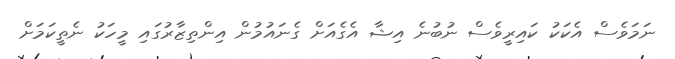
ނަމަވެސް އެކަކު ކައިރީވެސް ނުބުނެ އިޝާ އެގެއަށް ގެނައުމުން އިންތިޒާރުގައި މީހަކު ނެތީކަމަށް